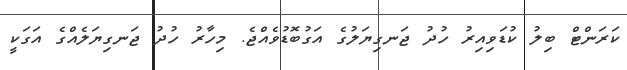
ކަރަންޓް ބިލު ކުޑަވިއިރު ހުދު ޖަނގިޔަލުގެ އަގުބޮޑުވެއްޖެ. މިހާރު ހުދު ޖަނގިޔަލެއްގެ އަގަކީ